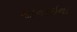
માનાઇના